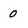
Character: 0